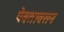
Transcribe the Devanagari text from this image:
पेबतावसन